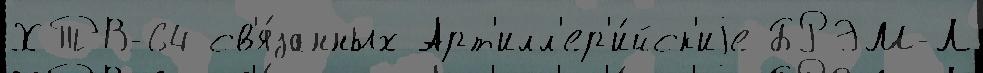
ХТВ-64 св'я́занных Арт'илл'ер'и́йск'иjе БРЭМ-Л